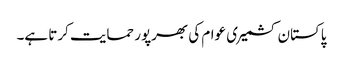
پاکستان کشمیری عوام کی بھرپور حمایت کرتا ہے۔